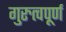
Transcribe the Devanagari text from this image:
गुरुत्वपूर्ण